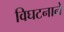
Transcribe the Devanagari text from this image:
विघटनाने